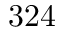
3 2 4